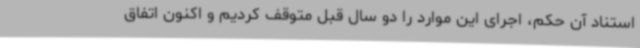
استناد آن حکم، اجرای این موارد را دو سال قبل متوقف کردیم و اکنون اتفاق